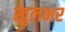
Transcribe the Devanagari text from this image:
खुलभर